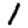
Digit: 1